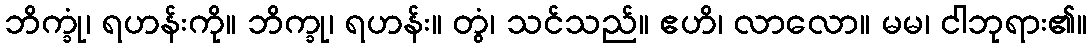
ဘိက္ခုံ၊ ရဟန်းကို။ ဘိက္ခု၊ ရဟန်း။ တွံ၊ သင်သည်။ ဧဟိ၊ လာလော။ မမ၊ ငါဘုရား၏။